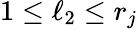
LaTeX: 1\leq\ell_{2}\leq r_{j}